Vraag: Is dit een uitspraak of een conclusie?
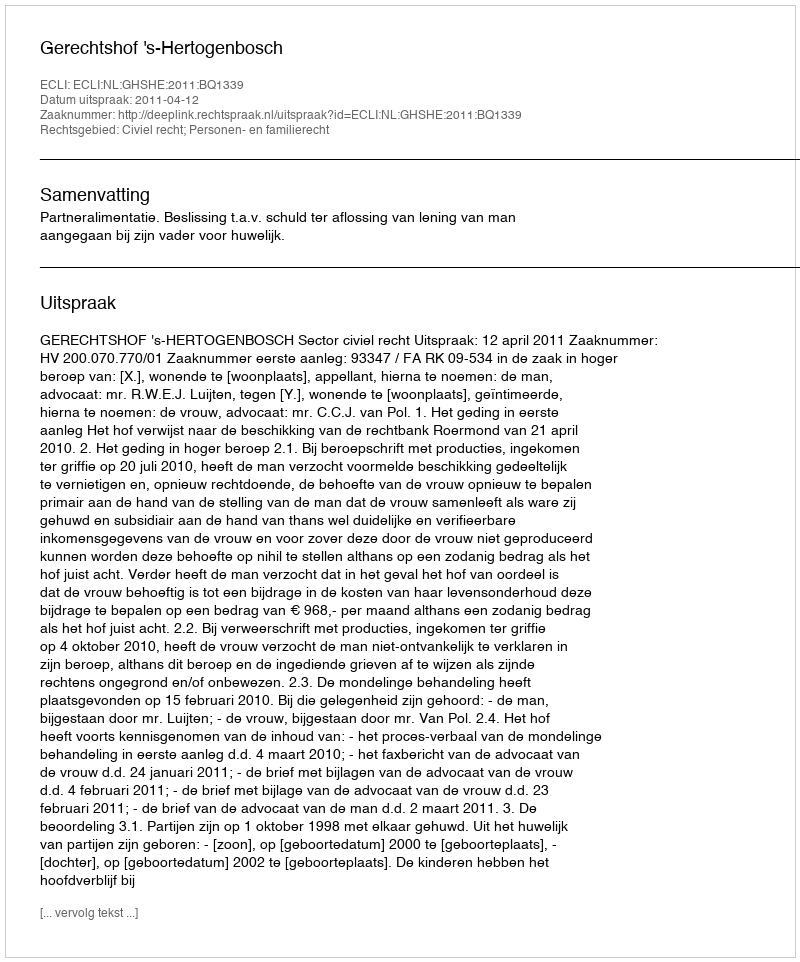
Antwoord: Uitspraak